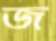
জ